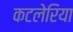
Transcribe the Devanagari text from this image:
कटलेरिया